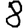
Digit: 8